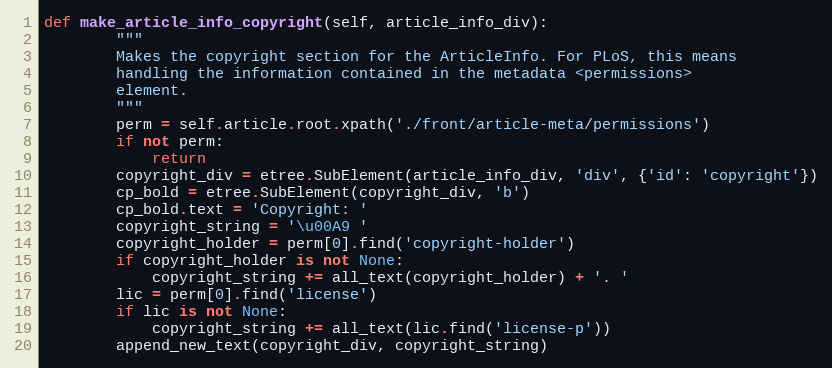
Language: Python
def make_article_info_copyright(self, article_info_div):
        """
        Makes the copyright section for the ArticleInfo. For PLoS, this means
        handling the information contained in the metadata <permissions>
        element.
        """
        perm = self.article.root.xpath('./front/article-meta/permissions')
        if not perm:
            return
        copyright_div = etree.SubElement(article_info_div, 'div', {'id': 'copyright'})
        cp_bold = etree.SubElement(copyright_div, 'b')
        cp_bold.text = 'Copyright: '
        copyright_string = '\u00A9 '
        copyright_holder = perm[0].find('copyright-holder')
        if copyright_holder is not None:
            copyright_string += all_text(copyright_holder) + '. '
        lic = perm[0].find('license')
        if lic is not None:
            copyright_string += all_text(lic.find('license-p'))
        append_new_text(copyright_div, copyright_string)